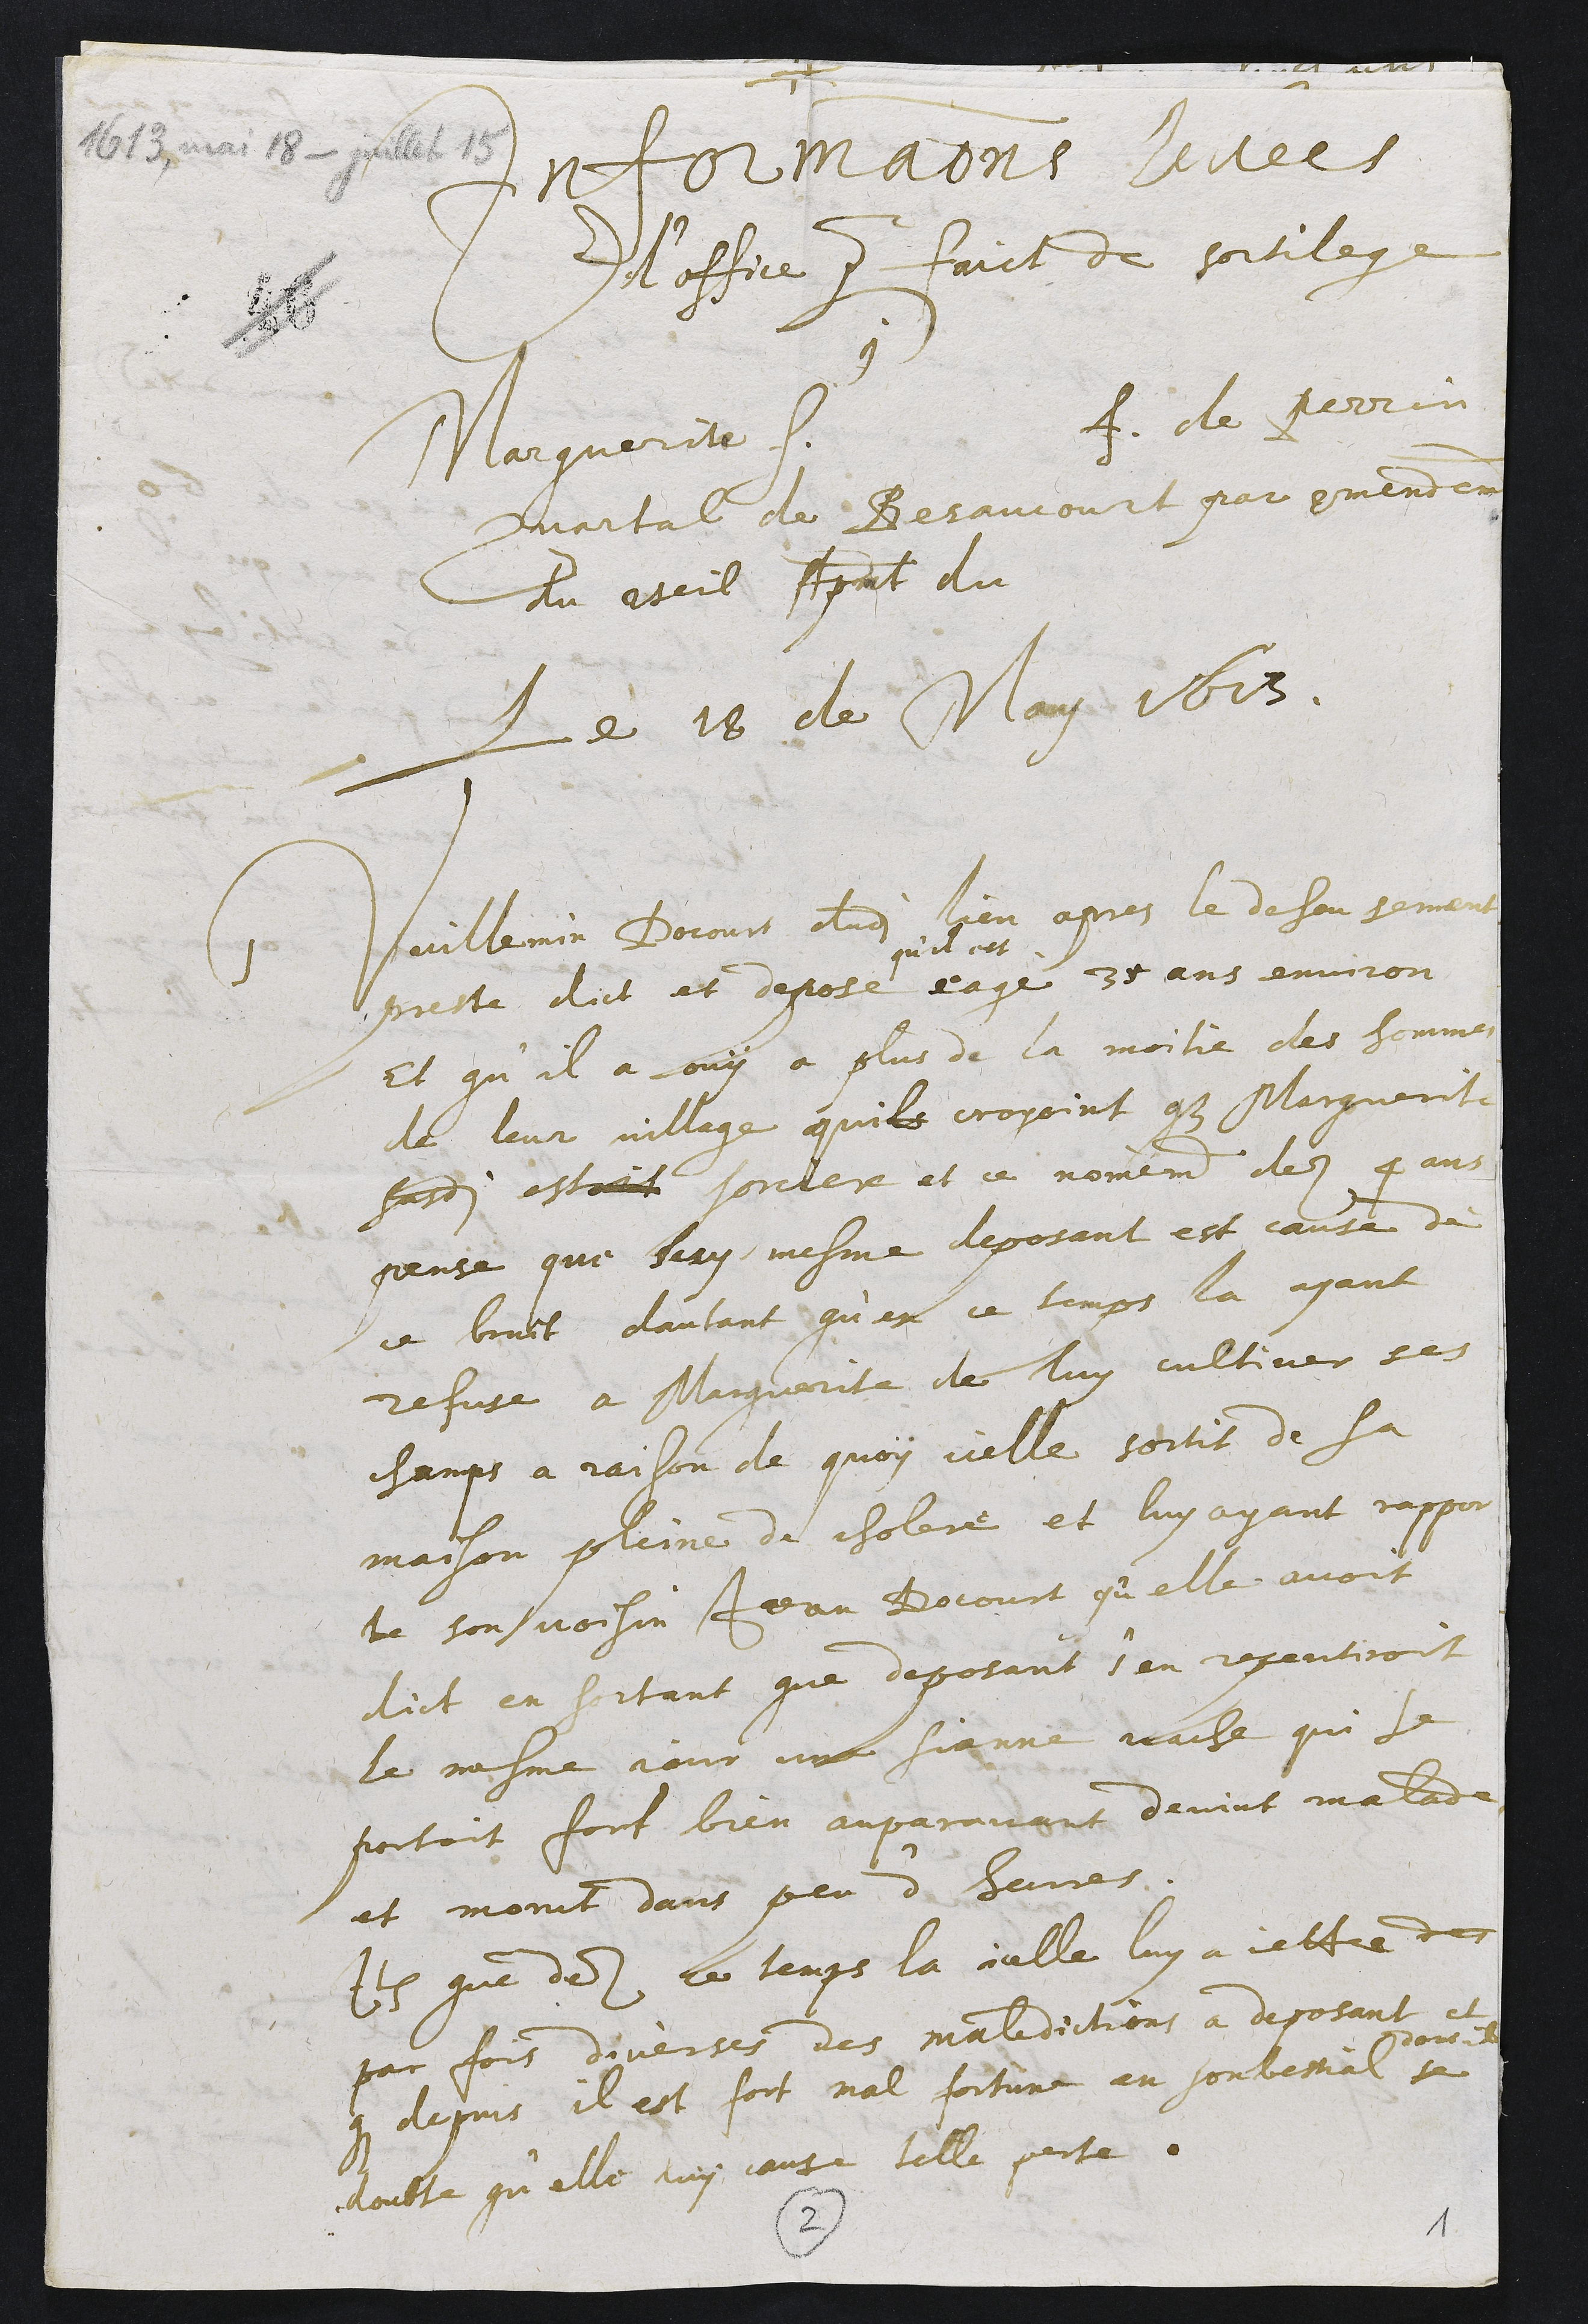
+
Informations levees
d'office pour faict de sortilege
contre
Marguerite f. f. de Perrin
Quartal de Besaucourt par commendement
du conseil Apmt du
Le 18 de May 1613.
1 Vuillemin Docourt dudit lieu apres le deheu serment
preste dict et depose
qu'il est
eage 35 ans environ
et qu'il a ouy a plus de la moitie des hommes
de leur village quils croyoint que Marguerite
susdite estoit sorciere et ce nomement dez 4 ans
pense que luy mesme deposant est cause de
ce bruit dautant qu'en ce temps la ayant
refuse a Marguerite de luy cultiver ses
champs a raison de quoy icelle sortit de sa
maison pleine de cholere et luy ayant rapport
te son voisin Jean Docourt qu'elle avoit
dict en sortant que deposant s'en repentiroit
le mesme jour une sienne vache qui se
portoit fort bien auparavant devint malade
et morut dans peu d'heures.
Item que dez ce temps la icelle luy a jette des
par fois diverses des maledictions a deposant et
que depuis il est fort mal fortune en son bestial
dont il
se
doubte qu'elle luy cause telle perte.
1